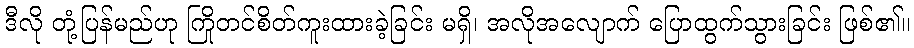
ဒီလို တုံ့ပြန်မည်ဟု ကြိုတင်စိတ်ကူးထားခဲ့ခြင်း မရှိ၊ အလိုအလျောက် ပြောထွက်သွားခြင်း ဖြစ်၏။